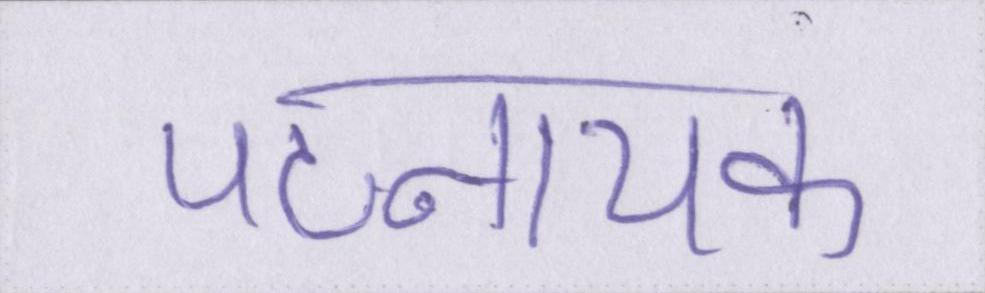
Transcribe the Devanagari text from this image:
पटनायक